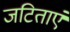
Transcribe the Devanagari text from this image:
जटिताएं